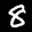
Label: 8